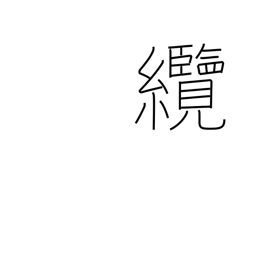
Meaning: hawser